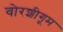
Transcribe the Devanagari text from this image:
वोरशीगूम